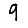
Digit: 9